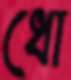
ধো